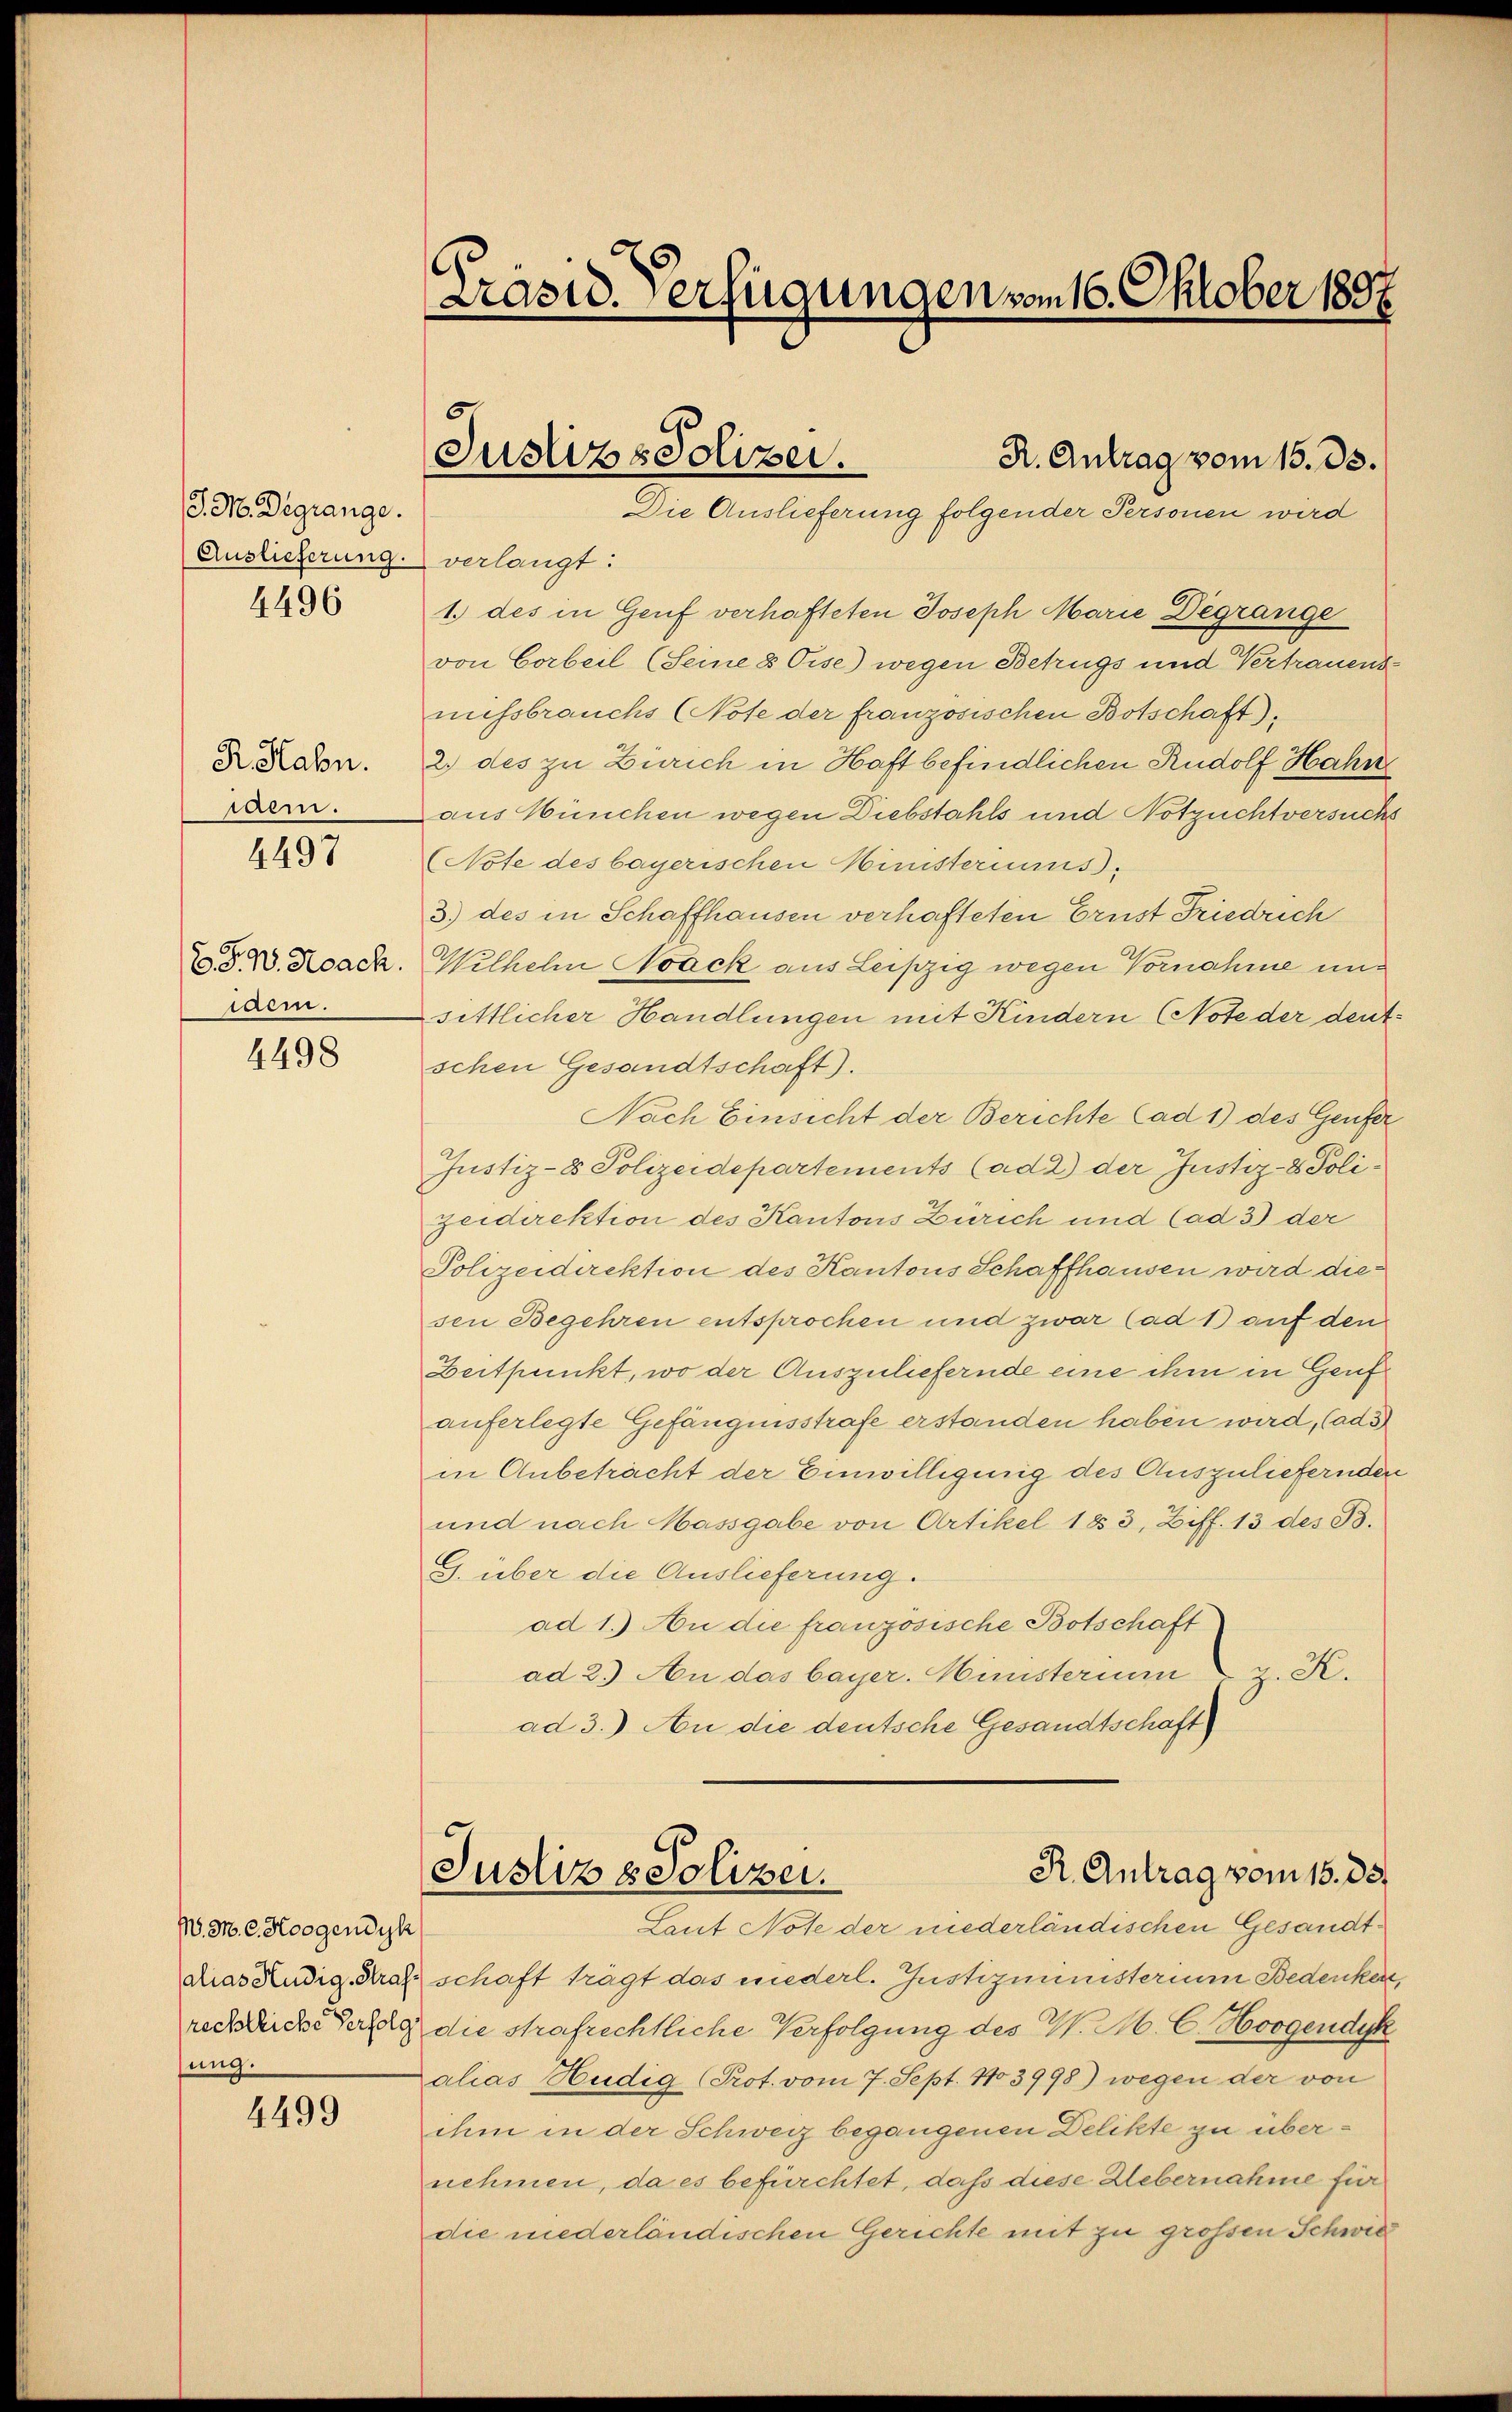
J. M. Degrange.
Auslieferung verlangt:
4496

R. Habn.
iaem.

4497

waem.

4498

M. Mr. C. Horgendyk
ung.

4499

1.) des in Genf verhafteten Joseph Marie Degrange
von Corbeil (Seine 8 Oise) wegen Betrugs und Vertrauensmissbrauchs (Note der französischen Botschaft).
2.) des zu Zürich in Haft befindlichen Rudolf Hahn
aus München wegen Diebstahls und Notzuchtversuchs
(Note des bayerischen Ministeriums.
3) des in Schaffhausen verhafteten Ernst Friedrich
254. Koack. Wilhelm Noack aus Leipzig wegen Vornahme unsittlicher Handlungen mit Kindern (Note der deutschen Gesandtschaft).
Nach Einsicht der Berichte (ad 1) des Genfer
Justiz-8 Polizeidepartements (ad 2) der Justiz- & Polizeidirektion des Kantons Zürich und Cad 3) der
Polizeidirektion des Kantons Schaffhausen wird die
sen Begehren entsprochen und zwar (ad 1) auf den
Zeitpunkt, wo der Auszuliefernde eine ihm in Genf
auferlegte Gefängnisstrafe erstanden haben wird, (ad 3
in Anbetracht der Einwilligung des Auszuliefernden
und nach Massgabe von Artikel 1853, Ziff. 13 des B.
G. über die Auslieferung.
ad 1.) An die französische Botschaft
ad 2.) An das bayer. Ministerium v. K.
ad 3.) An die deutsche Gesandtschaft

Präsid. Verfügungen vom 16. Oktober 1897

5
Justiz & Polizei.
R. Antrag vom 15. ds.
Die Auslieferung folgender Personen wird

R. Antrag vom 15. 33
Justiz & Polizei.
Laut Note der niederländischen Gesandt¬

dias Endig. Kraft schaft trägt das niederl. Justizministerium Bedenken,
rechtliche Verzig die strafrechtliche Verfolgung des W. M. C. Horgendyk
Zalias Hudig (Prot. vom 7. Sept. 1103998) wegen der von
ihm in der Schweiz begangenen Delikte zu übernehmen, da es befürchtet, daß diese Uebernahme für
die niederländischen Gerichte mit zu grossen Schwie